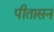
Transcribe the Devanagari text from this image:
पीतासनं